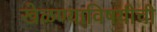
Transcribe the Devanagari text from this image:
खेळण्याविषयीची